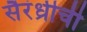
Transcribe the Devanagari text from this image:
सैरंध्रीची